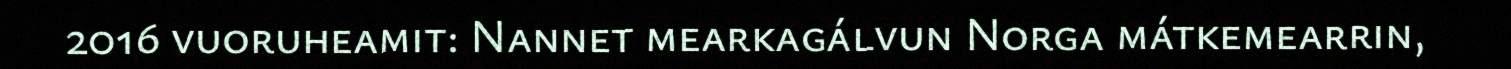
2016 vuoruheamit: Nannet mearkagálvun Norga mátkemearrin,